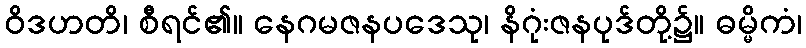
ဝိဒဟတိ၊ စီရင်၏။ နေဂမဇနပဒေသု၊ နိဂုံးဇနပုဒ်တို့၌။ ဓမ္မိကံ၊